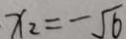
x _ { 2 } = - \sqrt { 6 }